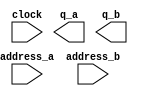
module rominout2 (
	address_a,
	address_b,
	clock,
	q_a,
	q_b);
	input	[8:0]  address_a;
	input	[8:0]  address_b;
	input	  clock;
	output	[31:0]  q_a;
	output	[31:0]  q_b;
`ifndef ALTERA_RESERVED_QIS
// synopsys translate_off
`endif
	tri1	  clock;
`ifndef ALTERA_RESERVED_QIS
// synopsys translate_on
`endif
endmodule